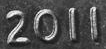
2011